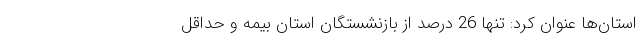
استان‌ها عنوان کرد: تنها 26 درصد از بازنشستگان استان بیمه و حداقل